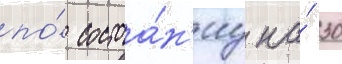
по́ состоа́н'иу на́ 30